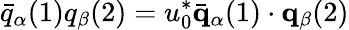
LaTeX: \bar{q}_{\alpha}(1)q_{\beta}(2)=u_{0}^{*}\bar{\mathbf q}_{\alpha}(1)\cdot{\mathbf q}_{\beta}(2)